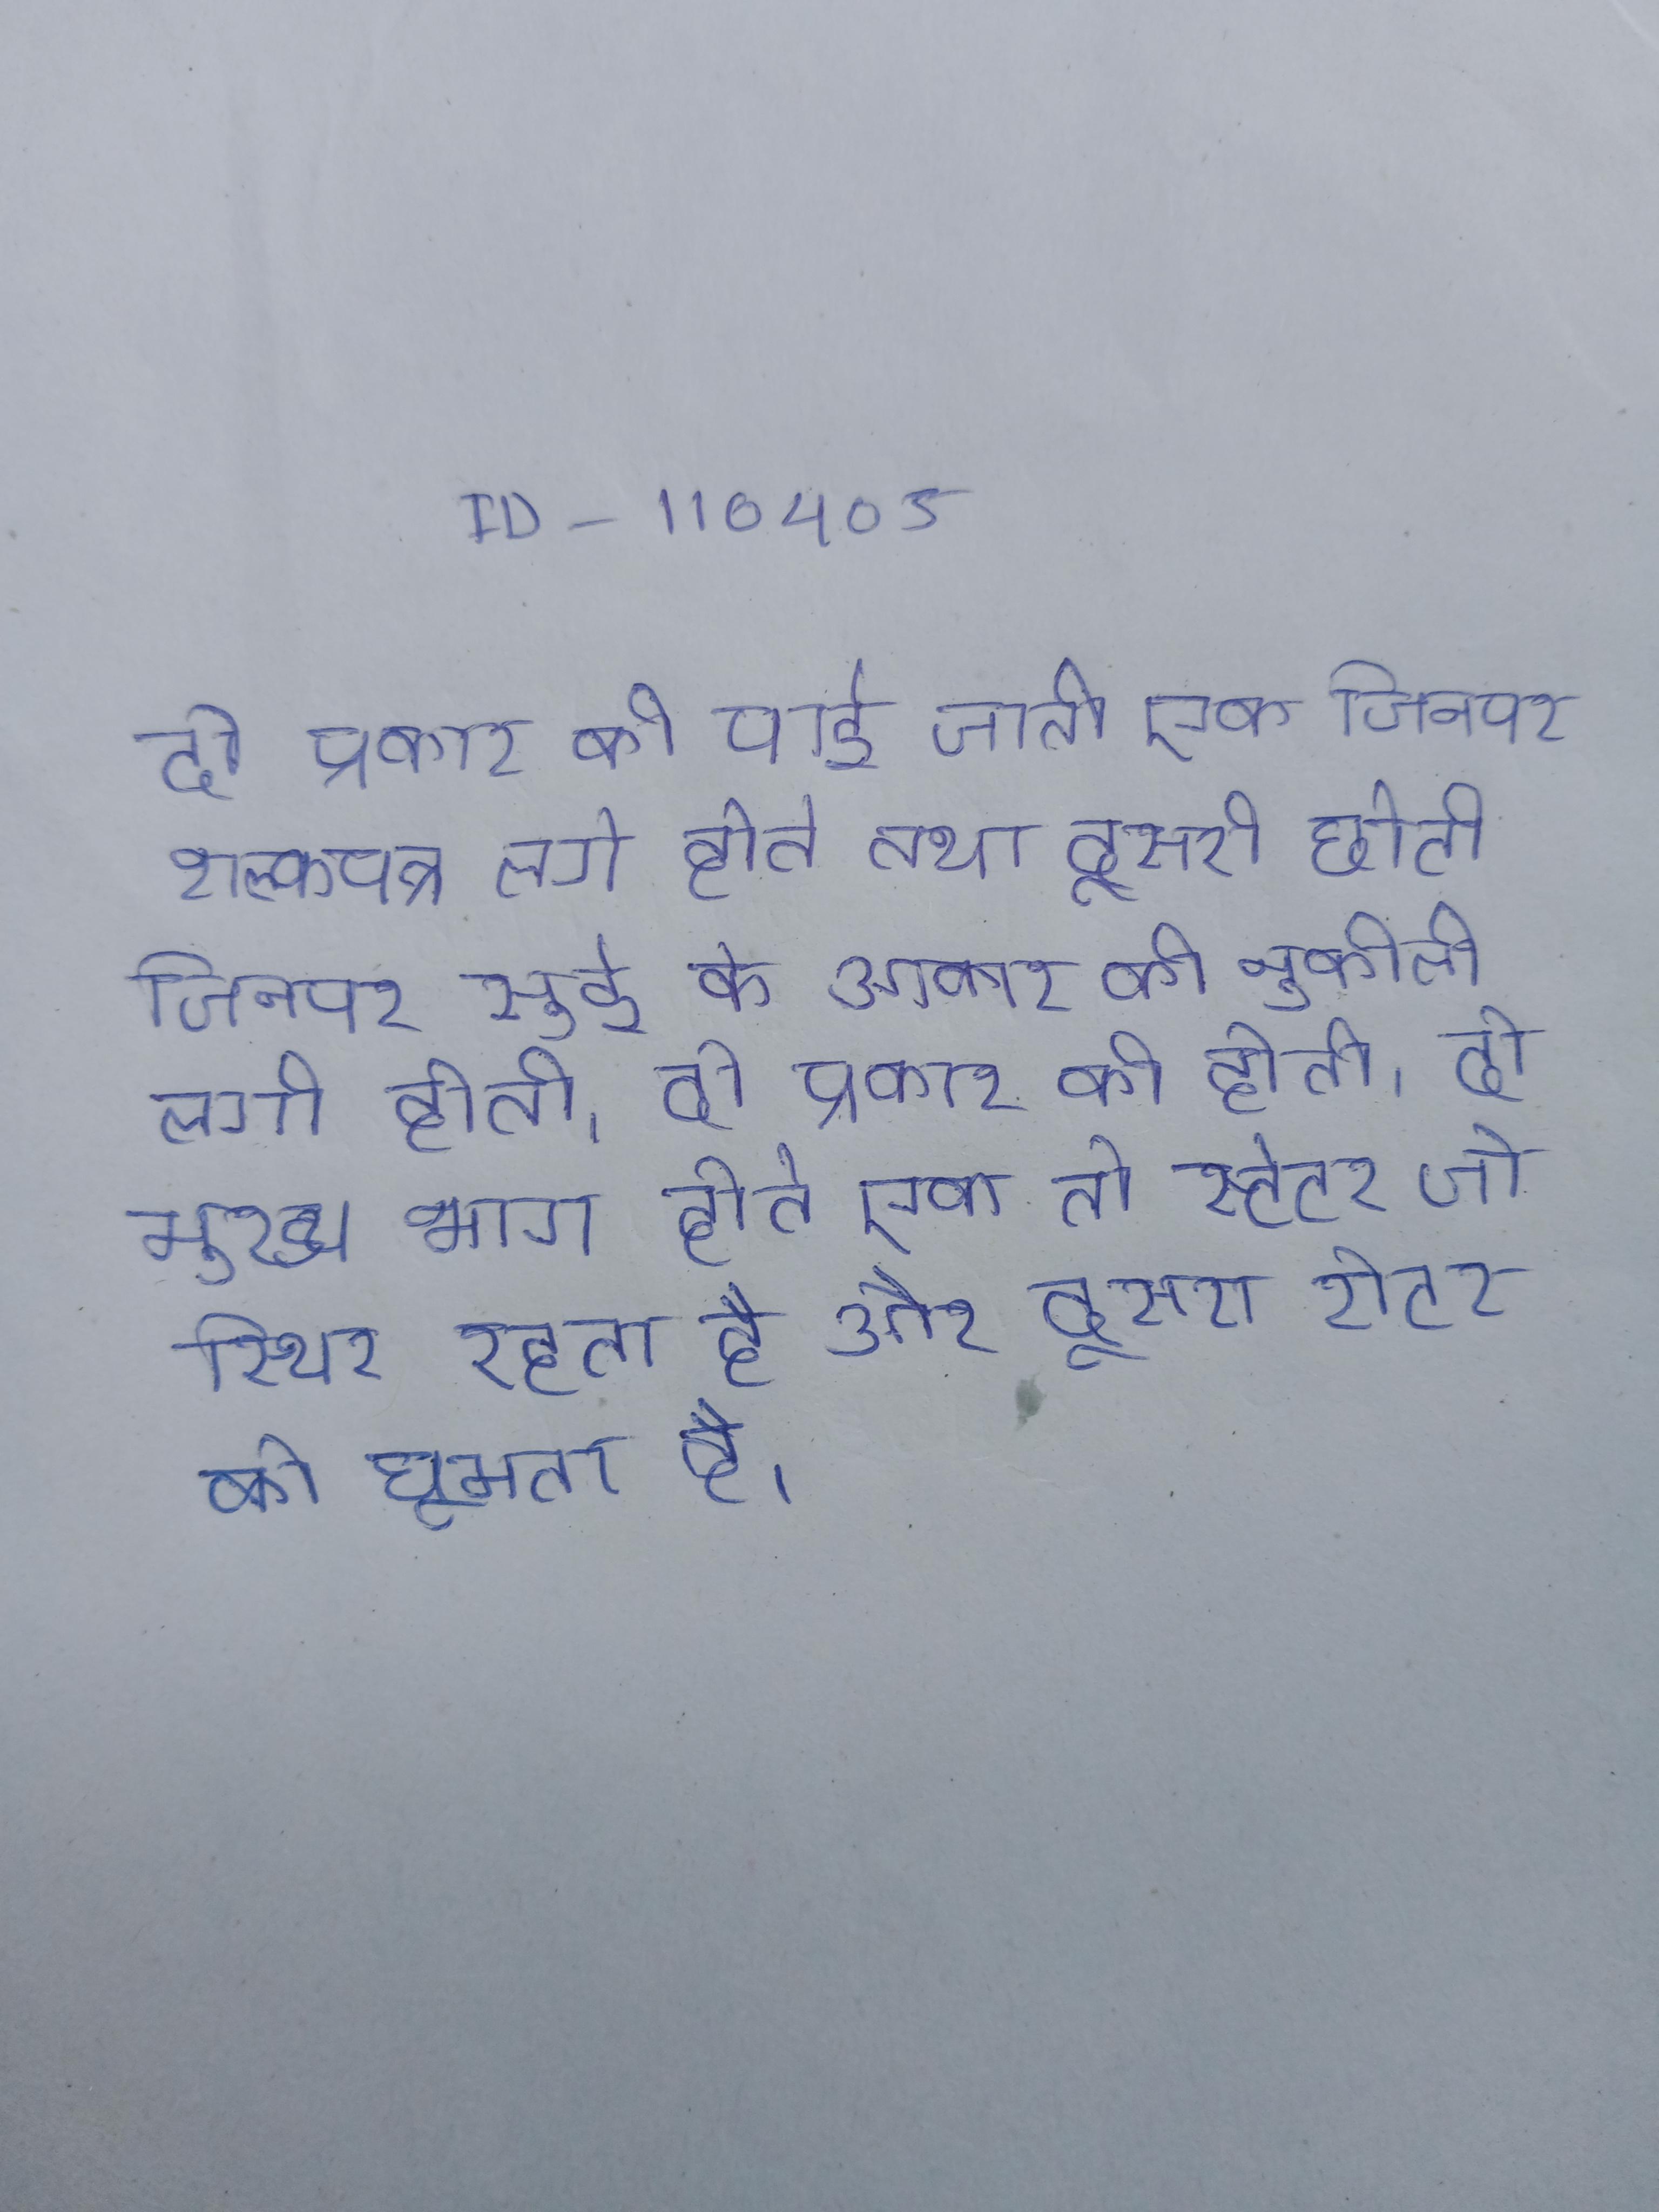
दो प्रकार की पाई जाती एक जिनपर शल्कपत्र लगे होते तथा दूसरी छोटी जिनपर सुई के आकार की नुकीली लगी होती । दो प्रकार की होती । दो मुख्य भाग होते एक तो स्टेटर जो स्थिर रहता है और दूसरा रोटर को घूमता है ।